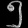
Digit: ၅